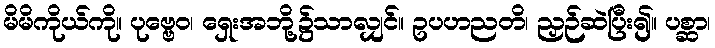
မိမိကိုယ်ကို။ ပုဗ္ဗေဝ၊ ရှေးအဘို့၌သာလျှင်။ ဥပဟညတိ၊ ညှဉ်ဆဲပြီး၍။ ပစ္ဆာ၊